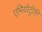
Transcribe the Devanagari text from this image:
एमियोट्रॉफ़ी